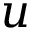
u